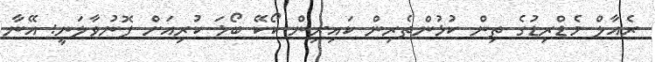
ރެއާލް މެޑްރިޑުގެ ތިން ކުޅުންތެރިން ކައިރިން ކޯކޭ ބޯޅަ ކުރިއަށް ފޮނުވާލަނީ: އޭނާ